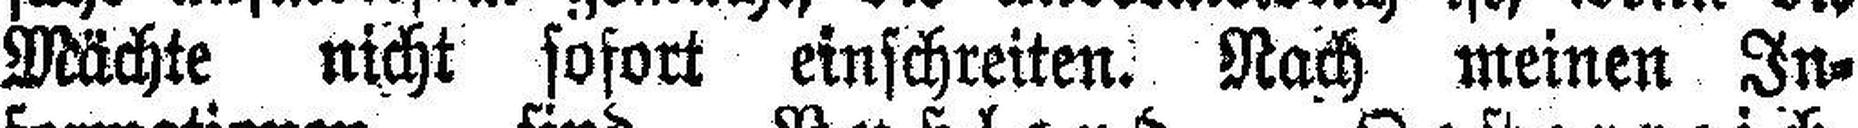
Mächte nicht sofort einschreiten. Nach meinen In¬